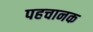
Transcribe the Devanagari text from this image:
पहचानक